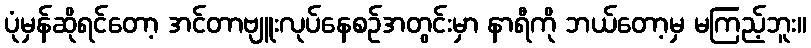
ပုံမှန်ဆိုရင်တော့ အင်တာဗျူးလုပ်နေစဉ်အတွင်းမှာ နာရီကို ဘယ်တော့မှ မကြည့်ဘူး။